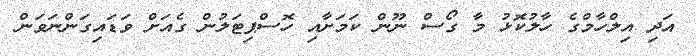
އަދި އިލްހާމްގެ ހާލުކޮޅު މާ ގޯސް ނޫން ކަމަށާއި ހޮސްޕިޓަލުން ގެއަށް ވަޑައިގަންނަވަން